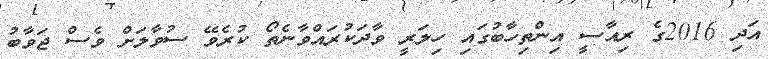
އަދި 2016ގެ ރިއާސީ އިންތިހާބުގައި ހިލަރީ ވާދަކުރައްވާނެތޯ ކުރެވޭ ސުވާލަށް ވެސް ޖަވާބު